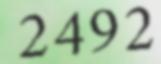
2492